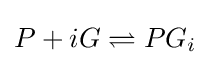
P+iG\rightleftharpoons PG_{i}